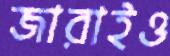
জারাইও